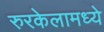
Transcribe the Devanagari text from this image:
रुरकेलामध्ये